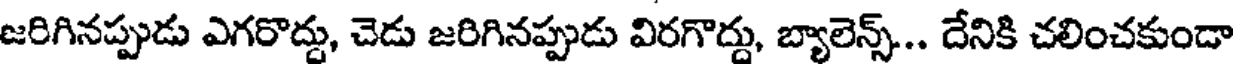
జరిగినప్పుడు ఎగరొద్దు, చెడు జరిగినప్పుడు విరగొద్దు, బ్యాలెన్స్... దేనికి చలించకుండా